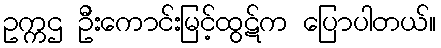
ဥက္ကဌ ဦးကောင်းမြင့်ထွဋ်က ပြောပါတယ်။